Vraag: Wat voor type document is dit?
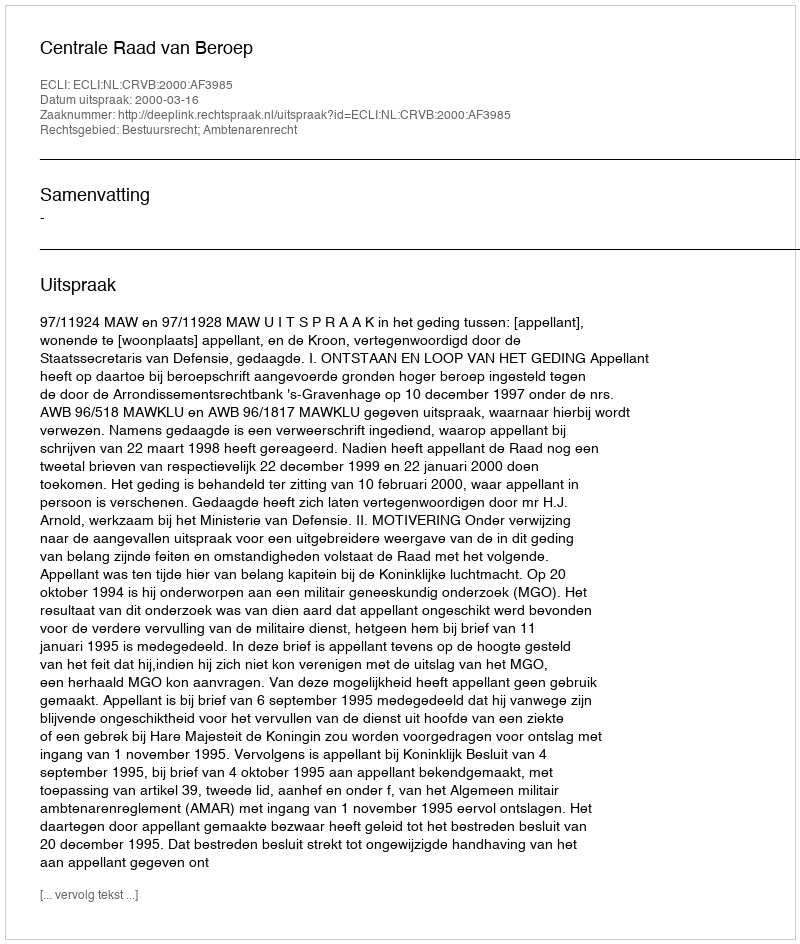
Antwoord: Uitspraak